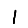
Digit: 1